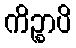
ကိဉ္စာပိ